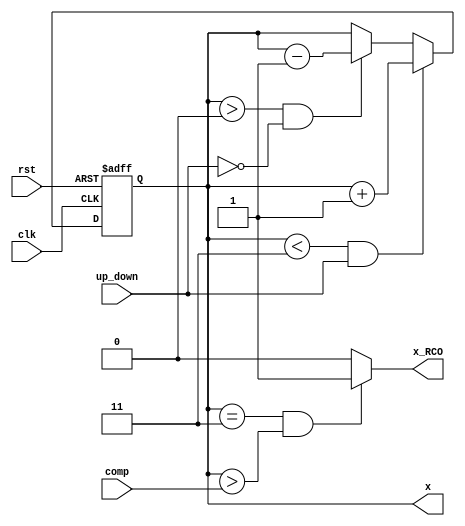
module SetDemo( x_RCO, x, clk, rst, comp, up_down);
input clk, rst, up_down;
input [1:0]comp;
output reg [1:0]x; 
output reg x_RCO;
	always @(x)
		begin
			 if((x == 3) & (x > comp)) x_RCO = 1;
			 else x_RCO = 0;
		end
		
	always @(posedge clk or posedge  rst)
			begin
				if (rst) x <= 0;
				else if (clk)
				begin
					if ((x < 3) & (up_down))  x <= x + 1;
					else if ((x > 0) & (!up_down)) x <= x - 1;
					else x <= x;
				end
				else x <= x;
			end
endmodule